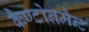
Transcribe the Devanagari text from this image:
कैण्टोनमैन्ट